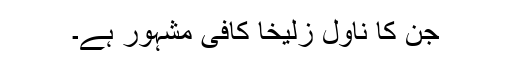
جن کا ناول زلیخا کافی مشہور ہے۔